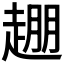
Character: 𬦒